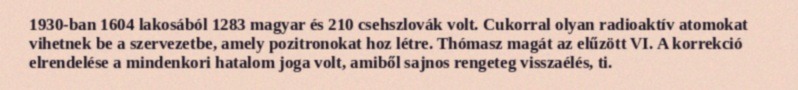
1930-ban 1604 lakosából 1283 magyar és 210 csehszlovák volt. Cukorral olyan radioaktív atomokat vihetnek be a szervezetbe, amely pozitronokat hoz létre. Thómasz magát az elűzött VI. A korrekció elrendelése a mindenkori hatalom joga volt, amiből sajnos rengeteg visszaélés, ti.